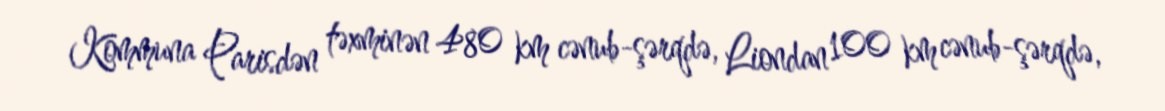
Kommuna Parisdən təxminən 480 km cənub-şərqdə, Liondan 100 km cənub-şərqdə,